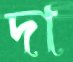
দা